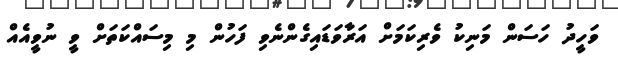
ވަހީދު ހަސަން މަނިކު ވެރިކަމަށް އަރާވަޑައިގެންނެވި ފަހުން މި މިސައްކަތަށް ވީ ނުވީއެއް